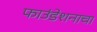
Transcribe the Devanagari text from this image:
फाउंडेशनाचा